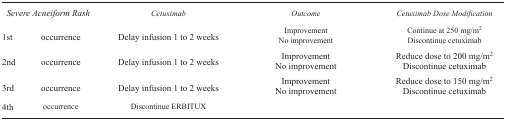
<table><thead><tr><td colspan="2"><b><i>Severe Acneiform Rash</i></b></td><td><b><i>Cetuximab</i></b></td><td><b><i>Outcome</i></b></td><td><b><i>Cetuximab Dose Modification</i></b></td></tr></thead><tbody><tr><td>1st</td><td>occurrence</td><td>Delay infusion 1 to 2 weeks</td><td>ImprovementNo improvement</td><td>Continue at 250 mg/m<sup>2</sup> Discontinue cetuximab</td></tr><tr><td>2nd</td><td>occurrence</td><td>Delay infusion 1 to 2 weeks</td><td>ImprovementNo improvement</td><td>Reduce dose to 200 mg/m<sup>2</sup> Discontinue cetuximab</td></tr><tr><td>3rd</td><td>occurrence</td><td>Delay infusion 1 to 2 weeks</td><td>Improvement No improvement</td><td>Reduce dose to 150 mg/m<sup>2</sup> Discontinue cetuximab</td></tr><tr><td>4th</td><td>occurrence</td><td>Discontinue ERBITUX</td><td></td><td></td></tr></tbody></table>